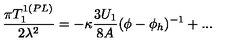
\frac { \pi T _ { 1 } ^ { 1 ( P L ) } } { 2 \lambda ^ { 2 } } = - \kappa \frac { 3 U _ { 1 } } { 8 A } ( \phi - \phi _ { h } ) ^ { - 1 } + . . .